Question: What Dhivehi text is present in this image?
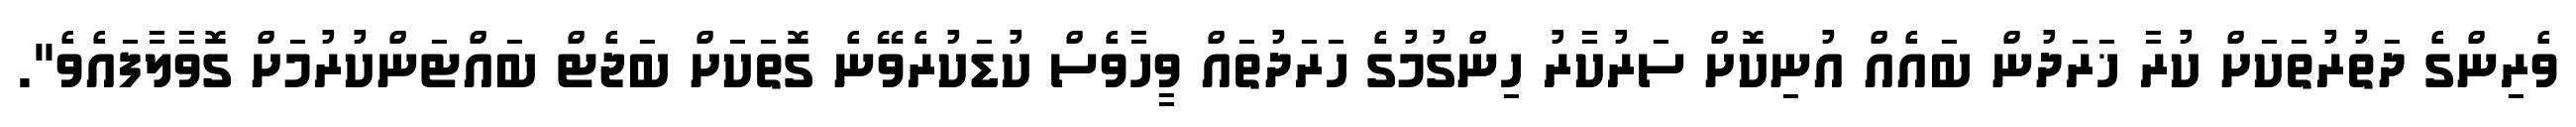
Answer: ވެރިންގެ ދަތުރުތަކަށް ކުރާ ޚަރަދުން ބައެއް އުނިކޮށް ސަރުކާރު ހިންގުމުގެ ހަރަދުތައް ވީހާވެސް ކުޑަކުރެވޭނެ ގޮތަކަށް ބަޖެޓް ބައްޓަންކުރުމަށް ގޮވާލާފައެވެ".